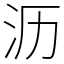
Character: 沥